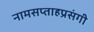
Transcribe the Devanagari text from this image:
नामसप्ताहप्रसंगी